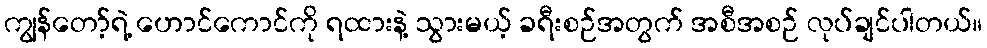
ကျွန်တော့်ရဲ့ ဟောင်ကောင်ကို ရထားနဲ့ သွားမယ့် ခရီးစဉ်အတွက် အစီအစဉ် လုပ်ချင်ပါတယ်။